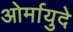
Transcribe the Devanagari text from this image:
ओर्मायुदे